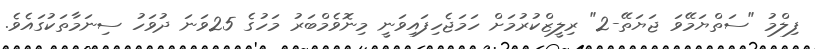
ފިލްމު "ސަތްޔަމޭވަ ޖަޔަތޭ-2" ރިލީޒްކުރުމަށް ހަމަޖެހިފައިވަނީ މިނޮވެމްބަރު މަހުގެ 25ވަނަ ދުވަހު ސިނަމާތަކުގައެވެ.